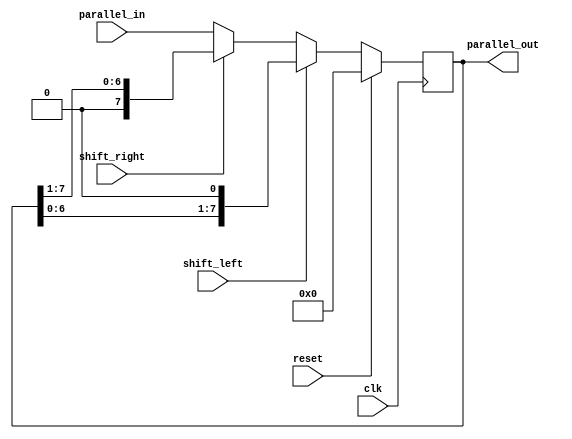
// This program was cloned from: https://github.com/Suni123456789/100DaysRTL
// License: Apache License 2.0

`timescale 1ns / 1ps

module universal_shift_register (
    input clk, reset, shift_left, shift_right,
    input [7:0] parallel_in,
    output [7:0] parallel_out
    );

    reg [7:0] reg_data;

    always @(posedge clk) 
     begin
        if (reset)
            reg_data <= 8'b0;

        else if (shift_left)
            reg_data <= {reg_data[6:0], 1'b0};

        else if (shift_right)
            reg_data <= {1'b0, reg_data[7:1]};

        else
            reg_data <= parallel_in;
     end

    assign parallel_out = reg_data;

endmodule